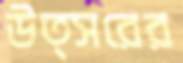
উত্সরের